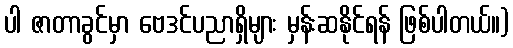
ပါ ဇာတာခွင်မှာ ဗေဒင်ပညာရှိများ မှန်းဆနိုင်ရန် ဖြစ်ပါတယ်။)